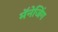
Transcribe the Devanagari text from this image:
मॅनेजिंग